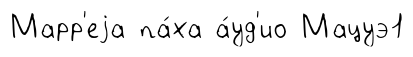
Марр'еjа па́ха а́уд'ио Мацуэ1